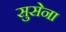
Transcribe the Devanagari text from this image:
सुसेना